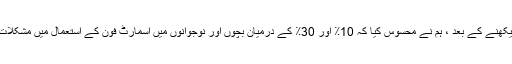
تمام مطالعات کو دیکھنے کے بعد ، ہم نے محسوس کیا کہ 10٪ اور 30٪ کے درمیان بچوں اور نوجوانوں میں اسمارٹ فون کے استعمال میں مشکلات کا مظاہرہ کیا گیا۔